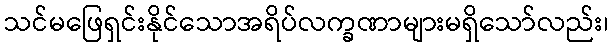
သင်မဖြေရှင်းနိုင်သောအရိပ်လက္ခဏာများမရှိသော်လည်း၊